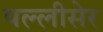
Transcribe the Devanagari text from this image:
पल्लीसेर